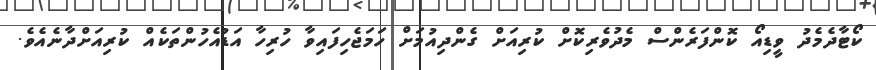
ކޯޓާދެމެދު ވީޑިއޯ ކޮންފަރެންސް މެދުވެރިކޮށް ކުރިއަށް ގެންދިއުމަށް ހަމަޖެހިފައިވާ ހުރިހާ އަޑުއެހުންތަކެއް ކުރިއަށްދާނެއެވެ.